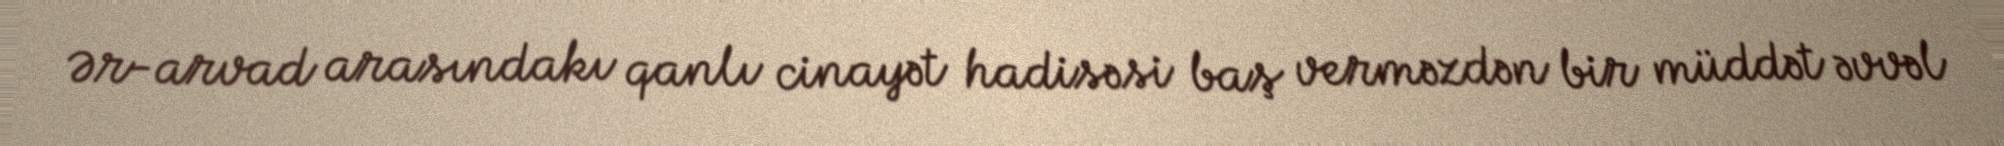
Ər-arvad arasındakı qanlı cinayət hadisəsi baş verməzdən bir müddət əvvəl